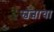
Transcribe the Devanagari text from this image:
स्वत्वाचा